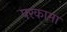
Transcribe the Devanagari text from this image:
परकामा